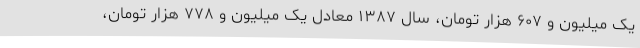
یک میلیون و ۶۰۷ هزار تومان، سال ۱۳۸۷ معادل یک میلیون و ۷۷۸ هزار تومان،